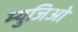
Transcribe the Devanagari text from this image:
म्युजिओ